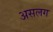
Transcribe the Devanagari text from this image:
असलग